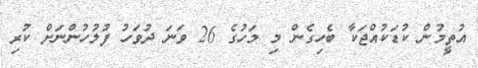
އުތީމުން ކުޑަކުއްޖަކާ ބެހިގެން މި މަހުގެ 26 ވަނަ ދުވަހު ފުލުހުންނަށް ކުރި